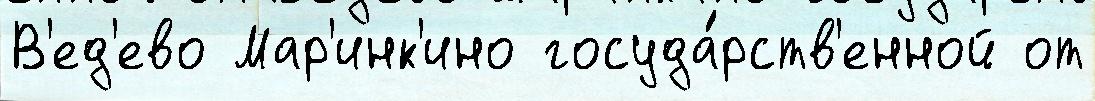
В'ед'ево Мар'инк'ино госуда́рств'енной от